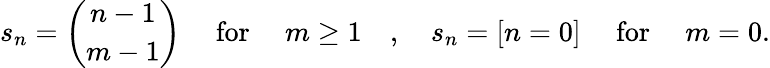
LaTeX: s_{n}={\binom{n-1}{m-1}}\quad{\mathrm{~for~}}\quad m\geq 1\quad,\quad s_{n}=[n=0]\quad{\mathrm{~for~}}\quad m=0.